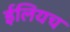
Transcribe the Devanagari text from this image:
ईलियच